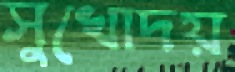
সুখোদয়